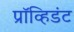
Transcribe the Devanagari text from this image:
प्रॉव्हिडंट